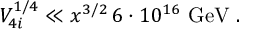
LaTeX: V _ { 4 i } ^ { 1 / 4 } \ll x ^ { 3 / 2 } \, 6 \cdot 1 0 ^ { 1 6 } \mathrm { ~ G e V } \; .